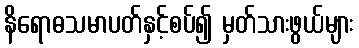
နိရောဓသမာပတ်နှင့်စပ်၍ မှတ်သားဖွယ်များ